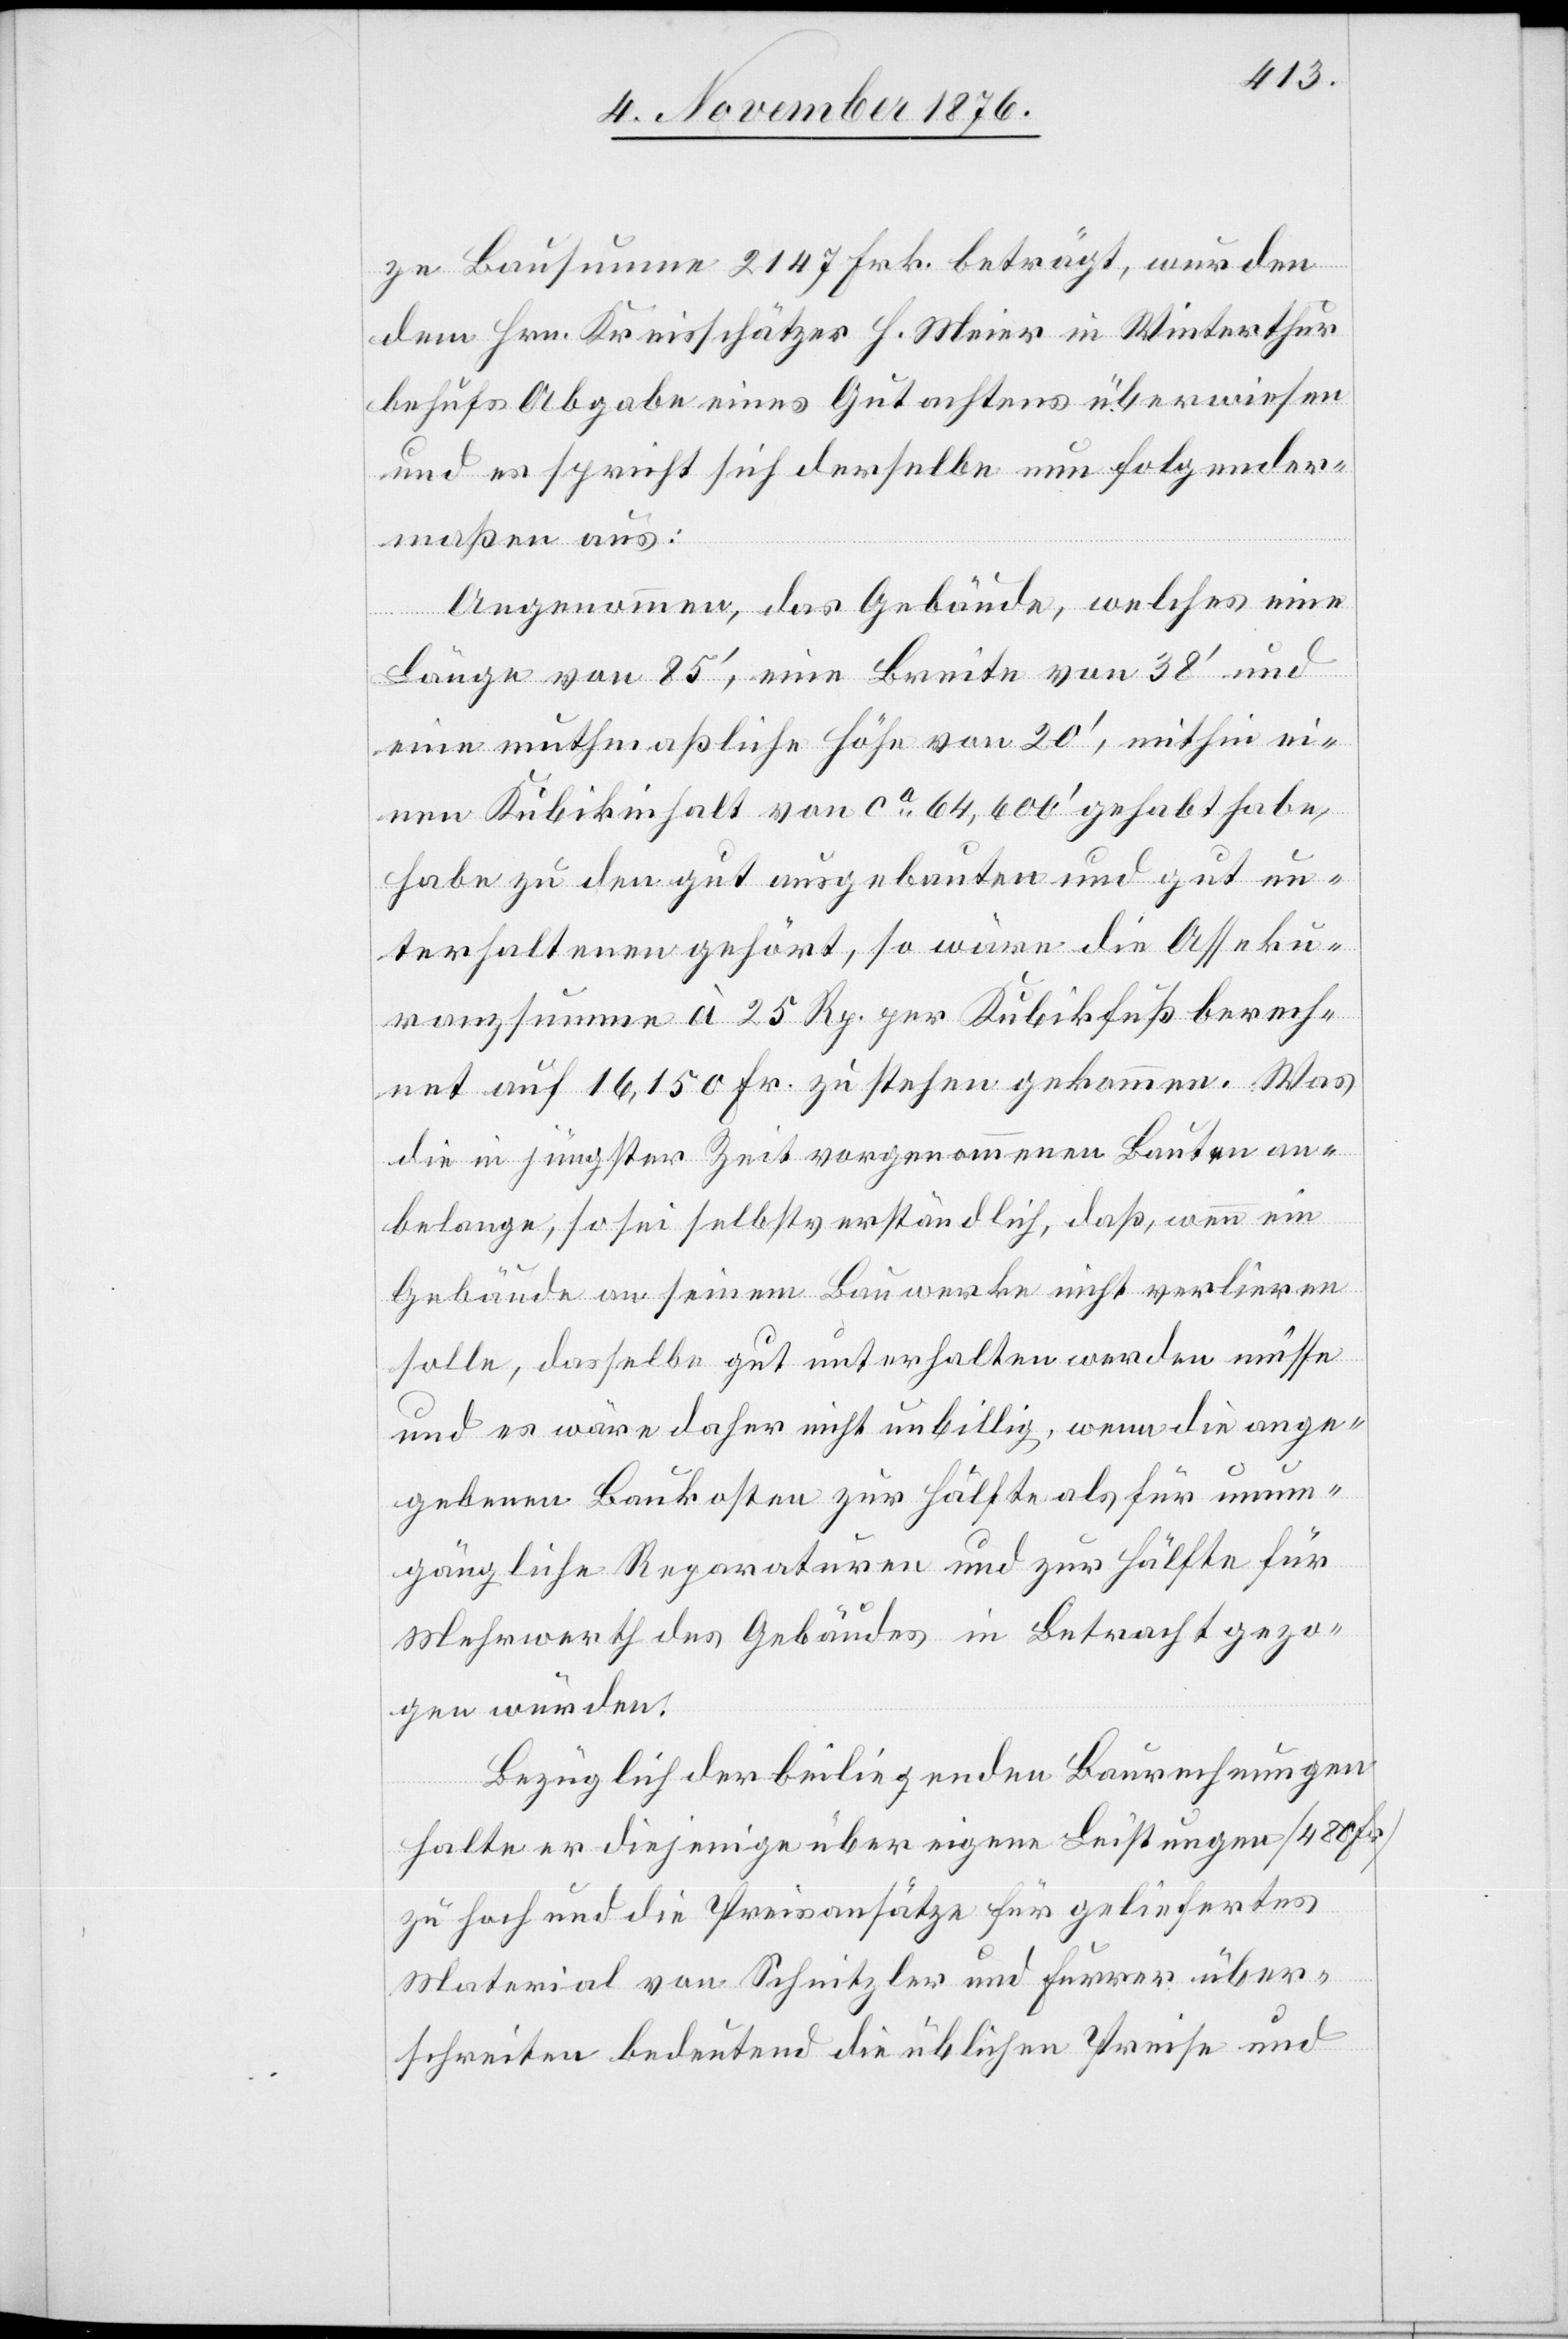
ze Bausumme 2147 Frk. beträgt, wurden
dem Hrn. Kreisschätzer H. Meier in Winterthur
behufs Abgabe eines Gutachtens überwiesen
und es spricht sich derselbe nun folgender¬
maßen aus:
Angenommen, das Gebäude, welches eine
eine muthmaßliche Höhe von 20‘, mithin ei¬
nen Kubikinhalt von ca 64,600‘ gehabt habe,
habe zu den gut ausgebauten und gut un¬
terhaltenen gehört, so wäre die Asseku¬
ranzsumme à 25 Rp. per Kubikfuß berech¬
net auf 16,150 Fr. zu stehen gekommen. Was
die in jüngster Zeit vorgenommenen Bauten an¬
belange, so sei selbstverständlich, daß, wenn ein
Gebäude an seinem Bauwerke nicht verlieren
solle, dasselbe gut unterhalten werden müsse
und es wäre daher nicht unbillig, wenn die ange¬
geben Baukosten zur Hälfte als für unum¬
gängliche Reparaturen und zur Hälfte für
Mehrwerth des Gebäudes in Betracht gezo¬
gen würden.
Bezüglich der beiliegenden Baurechnungen
halte er diejenige über eigene Leistungen [480 Fr.]
zu hoch und die Preisansätze für geliefertes
Material von Schnitzler und Furrer über¬
schreiten bedeutend die üblichen Preise und